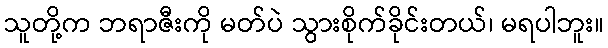
သူတို့က ဘရာဇီးကို မတ်ပဲ သွားစိုက်ခိုင်းတယ်၊ မရပါဘူး။